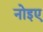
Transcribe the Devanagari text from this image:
नोइए